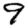
Digit: 9